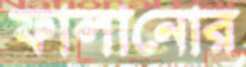
ফালানোর